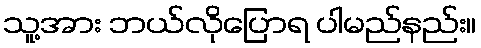
သူ့အား ဘယ်လိုပြောရ ပါမည်နည်း။